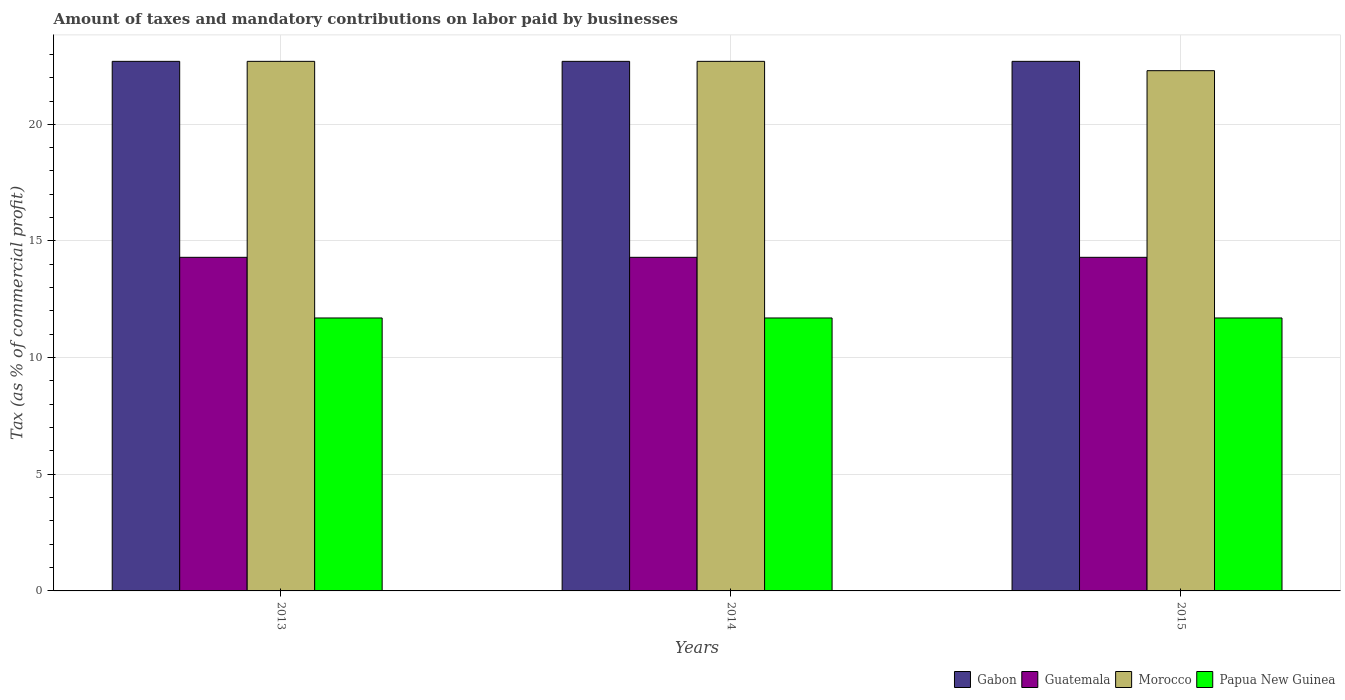
| Years | Gabon | Guatemala | Morocco | Papua New Guinea |
 | --- | --- | --- | --- | --- |
 | 2013 | 22.7 | 14.3 | 22.7 | 11.7 |
 | 2014 | 22.7 | 14.3 | 22.7 | 11.7 |
 | 2015 | 22.7 | 14.3 | 22.3 | 11.7 |